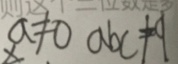
a \neq 0 a b c \neq q